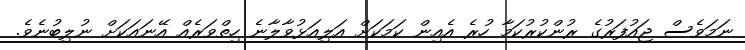
ނަމަވެސް ޖައުފަރުގެ ރުންކުރުކަމާ ހުރެ އެއިން ކަމަކަށް އަލިއަޅުވާލާނެ ހިތްވަރެއް އޭނައަކަށް ނުލިބުނެވެ.